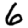
Digit: 6